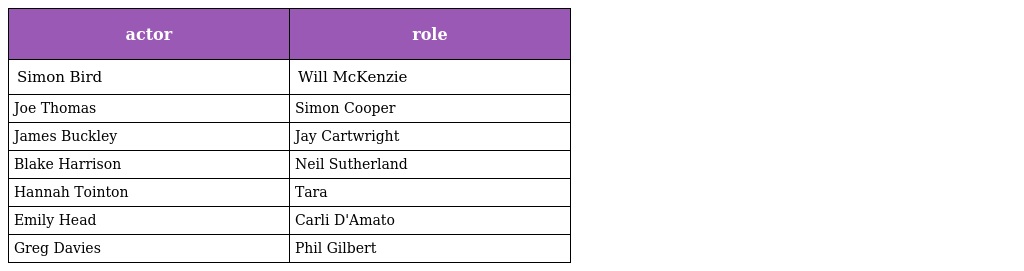
| actor | role |
 | --- | --- |
 | Simon Bird | Will McKenzie |
 | Joe Thomas | Simon Cooper |
 | James Buckley | Jay Cartwright |
 | Blake Harrison | Neil Sutherland |
 | Hannah Tointon | Tara |
 | Emily Head | Carli D'Amato |
 | Greg Davies | Phil Gilbert |